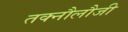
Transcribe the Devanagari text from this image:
तक्नौलौजी